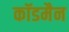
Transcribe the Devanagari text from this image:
कॉडमैन